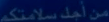
من-أحد-سلالتك